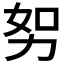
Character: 𭄥